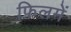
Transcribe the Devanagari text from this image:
फ़िलमें